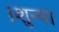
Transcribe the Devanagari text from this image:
।शुन्या